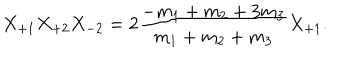
X _ { + 1 } X _ { + 2 } X _ { - 2 } = 2 \frac { - m _ { 1 } + m _ { 2 } + 3 m _ { 3 } } { m _ { 1 } + m _ { 2 } + m _ { 3 } } X _ { + 1 } .